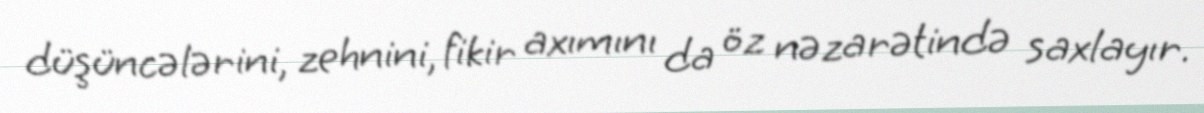
düşüncələrini, zehnini, fikir axımını da öz nəzarətində saxlayır.